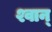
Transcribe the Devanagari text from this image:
श्वान्